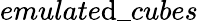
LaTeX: emulate\mathrm{d}\_ cubes